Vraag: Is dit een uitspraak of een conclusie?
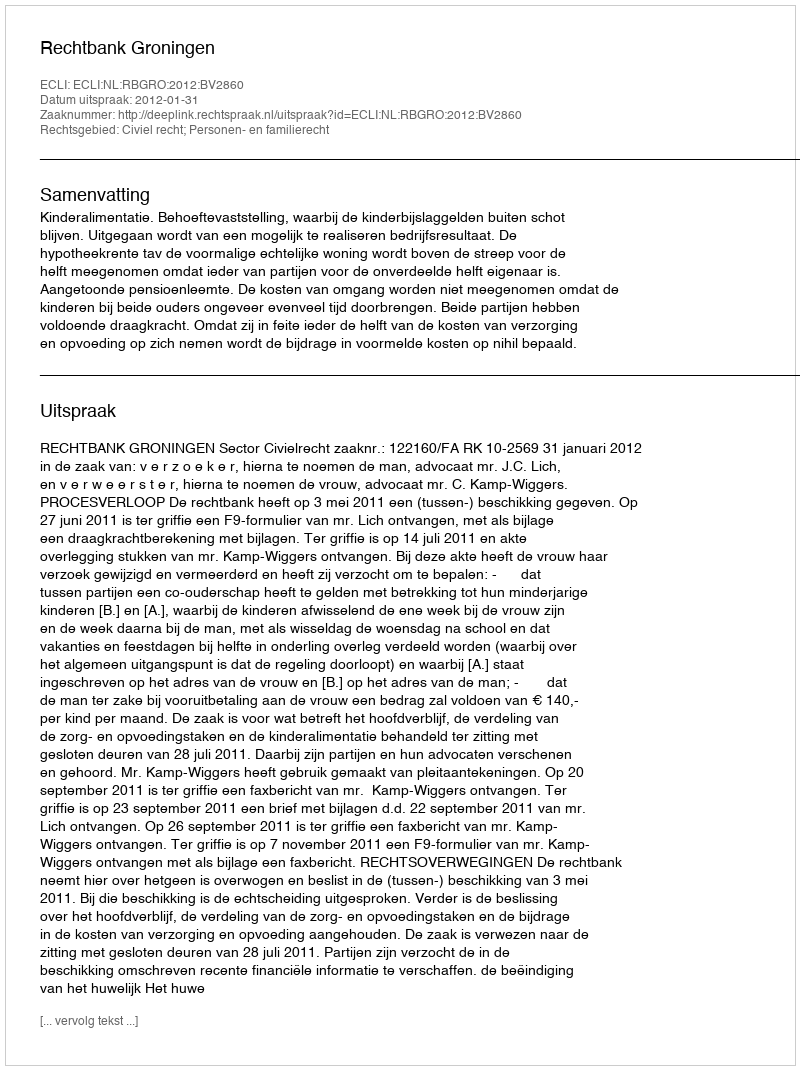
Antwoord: Uitspraak